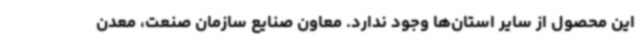
این محصول از سایر استان‌ها وجود ندارد. معاون صنایع سازمان صنعت، معدن